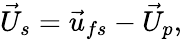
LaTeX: {\vec{U}_{s}}={\vec{u}_{fs}}-{\vec{U}_{p}},